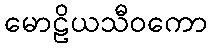
မောဠိယသီဝကော